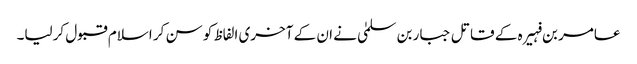
عامر بن فہیرہ کے قاتل جبار بن سلمیٰ نے ان کے آخری الفاظ کو سن کر اسلام قبول کرلیا۔